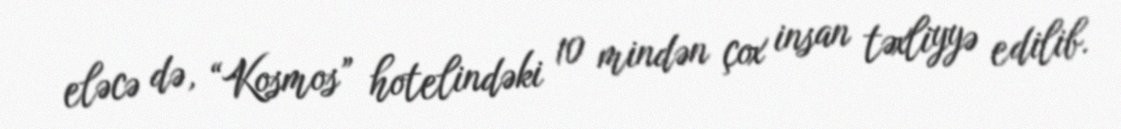
eləcə də, “Kosmos” hotelindəki 10 mindən çox insan təxliyyə edilib.